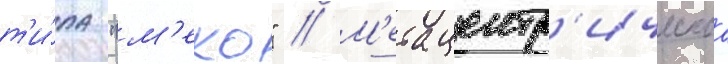
т'и́па "м'еко" // М'етацентр'ическаа